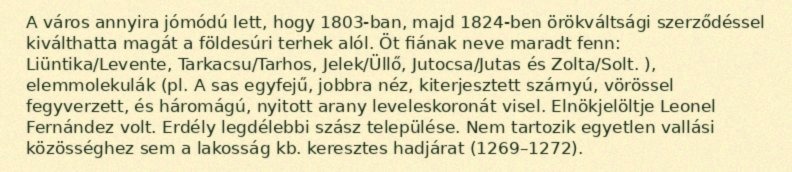
A város annyira jómódú lett, hogy 1803-ban, majd 1824-ben örökváltsági szerződéssel kiválthatta magát a földesúri terhek alól. Öt fiának neve maradt fenn: Liüntika/Levente, Tarkacsu/Tarhos, Jelek/Üllő, Jutocsa/Jutas és Zolta/Solt. ), elemmolekulák (pl. A sas egyfejű, jobbra néz, kiterjesztett szárnyú, vörössel fegyverzett, és háromágú, nyitott arany leveleskoronát visel. Elnökjelöltje Leonel Fernández volt. Erdély legdélebbi szász települése. Nem tartozik egyetlen vallási közösséghez sem a lakosság kb. keresztes hadjárat (1269–1272).